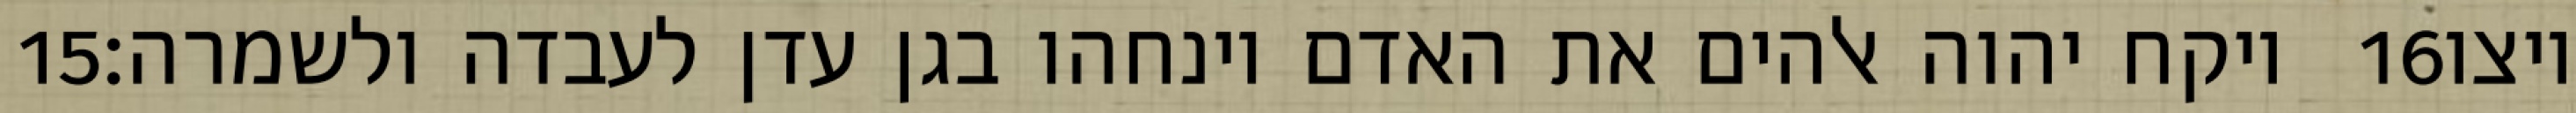
‎15‏ ויקח יהוה אלהים את האדם וינחהו בגן עדן לעבדה ולשמרה׃ ‎16‏ ויצו